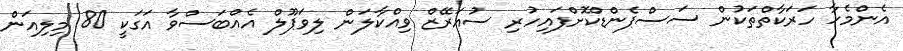
އެންމެހާ ހަރަކާތްތަކުން ސަސްޕެންޑްކޮށްފައިހުރި ސުއަރޭޒް ވިއްކާލަން ލިވަޕޫލް އެއްބަސްވާ އަގަކީ 80 މިލިއަން